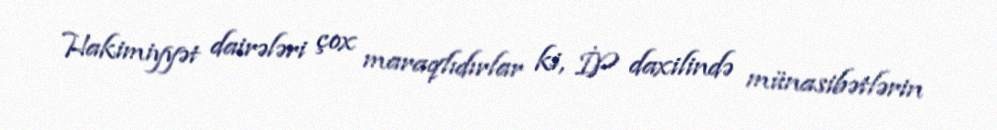
Hakimiyyət dairələri çox maraqlıdırlar ki, İP daxilində münasibətlərin